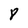
Character: 8